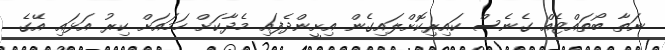
ނަތާ ބޯތައްޓެއް ގެނެސް ކައިރިކޮށްލައިގެން އިށީންދެފައި މެދާކަށް ހަމައަށް ކިރު އަޅައި އޭގެ